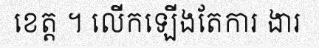
ខេត្ត ។ លើកឡើងតែការ ងារ